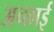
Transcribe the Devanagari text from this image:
अच्‍छाई